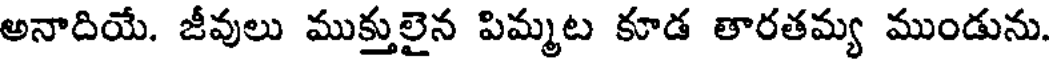
అనాదియే. జీవులు ముక్తులైన పిమ్మట కూడ తారతమ్య ముండును.